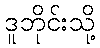
ဒူဘိုင်းသို့